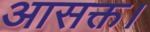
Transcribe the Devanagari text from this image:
आसक्त।